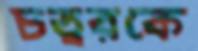
চত্বরকে